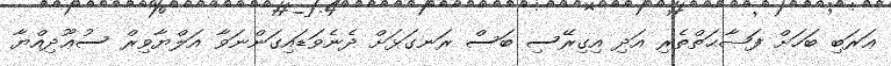
ޢަރަބި ބަހަށް ފަޞާޙަތްތެރި އަދި އިގިރޭސި ބަސް ރަނގަޅަށް ދެނެވަޑައިގަންނަވާ އަލްޔާވިރް ސުޢޫދިއްޔާ